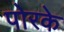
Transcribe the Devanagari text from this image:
पोरके